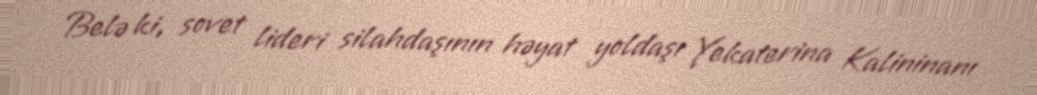
Belə ki, sovet lideri silahdaşının həyat yoldaşı Yekaterina Kalininanı